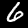
Digit: 6